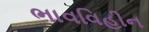
ભાવવિહીન